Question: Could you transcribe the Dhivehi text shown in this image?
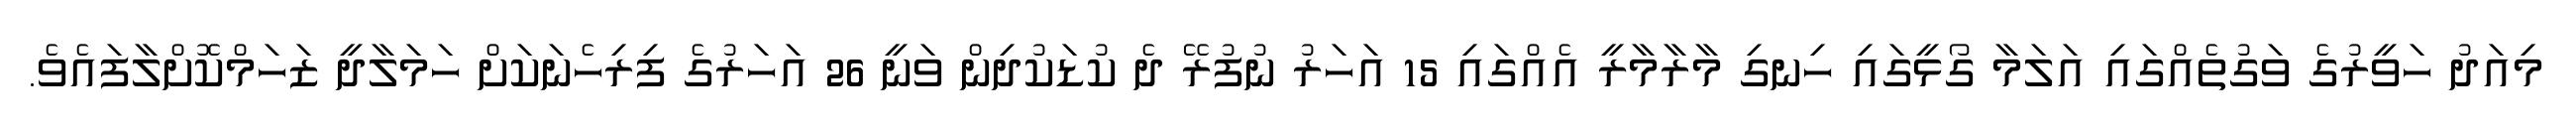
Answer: މިއަދު ހަވީރުގެ ވަގުތެއްގައި އަލަމާ ގޯޅީގައި ހިނގި މާރާމާރީ އެއްގައި 15 އަހަރު ނުފުރޭ ދެ ކުޑަކުދިން ވަނީ 26 އަހަރުގެ ފިރިހެނަކަށް ހަމަލާދީ ޒަހަމްކޮށްލާފައެވެ.